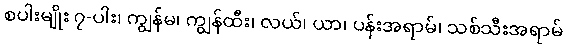
စပါးမျိုး ၇-ပါး၊ ကျွန်မ၊ ကျွန်ထီး၊ လယ်၊ ယာ၊ ပန်းအရာမ်၊ သစ်သီးအရာမ်